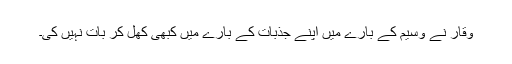
وقار نے وسیم کے بارے میں اپنے جذبات کے بارے میں کبھی کھل کر بات نہیں کی۔